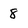
Character: 8